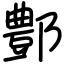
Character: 鄷